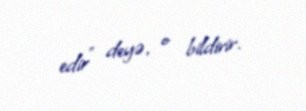
edir" deyə, o bildirir.